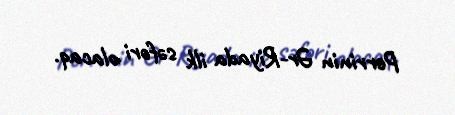
Perrinin Ər-Riyada ilk səfəri olacaq.